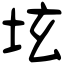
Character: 𡊨